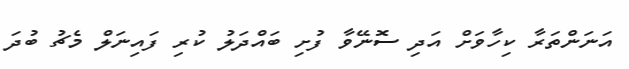
އަނަންތަރާ ކިހާވަށް އަދި ސޮނޭވާ ފުށި ބައްދަލު ކުރި ފައިނަލް މެޗު ބުދަ